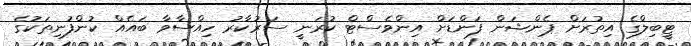
ޓީބިލްގެ އިތުރަށް ޕެންޝަން ފަންޑަށް އިންވެސްޓް ކުރަނީ ސަރުކާރު ހިއްސާވާ ބައެއް ކުންފުނިތަކުގެ